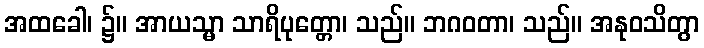
အထခေါ၊ ၌။ အာယသ္မာ သာရိပုတ္တော၊ သည်။ ဘဂဝတာ၊ သည်။ အနုဝသိတွာ